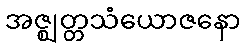
အဇ္ဈတ္တသံယောဇနော